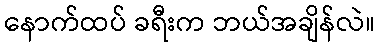
နောက်ထပ် ခရီးက ဘယ်အချိန်လဲ။